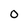
Character: 0